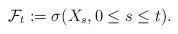
LaTeX: \begin{align*}\mathcal{F}_t :=\sigma(X_s, 0\leq s \leq t).\end{align*}